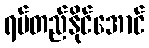
ရပ်တည်နိုင်အောင်